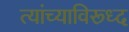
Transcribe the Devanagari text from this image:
त्यांच्याविरूध्द